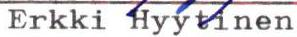
Erkki Hyytinen